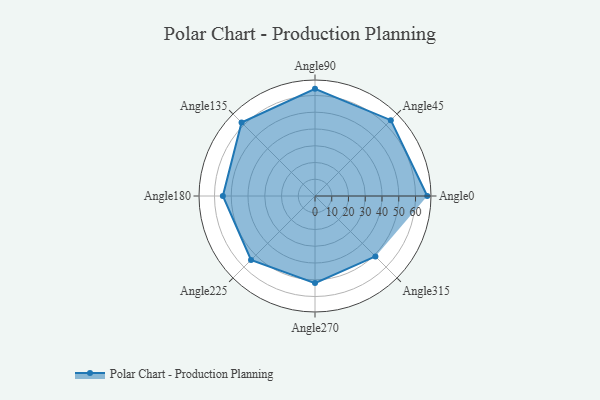
{"axis": {"x": "Angle", "y": "Radius"}, "legend": [""], "data": [{"x": "Angle0", "y": 67.0, "type": ""}, {"x": "Angle45", "y": 64.0, "type": ""}, {"x": "Angle90", "y": 64.0, "type": ""}, {"x": "Angle135", "y": 62.0, "type": ""}, {"x": "Angle180", "y": 55.0, "type": ""}, {"x": "Angle225", "y": 54.0, "type": ""}, {"x": "Angle270", "y": 52.0, "type": ""}, {"x": "Angle315", "y": 51.0, "type": ""}]}